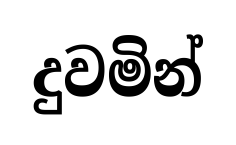
දුවමින්